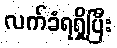
လက်ခံရရှိပြီး